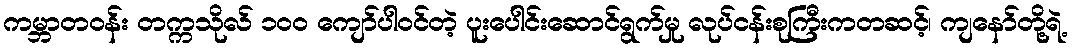
ကမ္ဘာတဝန်း တက္ကသိုလ် ၁၀၀ ကျော်ပါဝင်တဲ့ ပူးပေါင်းဆောင်ရွက်မှု လုပ်ငန်းစုကြီးကတဆင့်၊ ကျနော်တို့ရဲ့